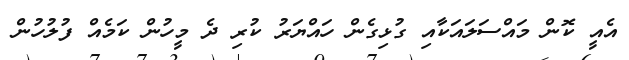
އެއީ ކޮން މައްސަލައަކާއި ގުޅިގެން ހައްޔަރު ކުރި ދެ މީހުން ކަމެއް ފުލުހުން